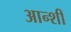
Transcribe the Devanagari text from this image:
आन्शी